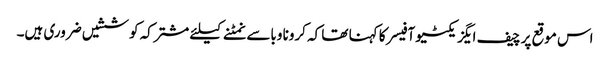
اس موقع پر چیف ایگزیکٹیو آفیسر کا کہنا تھا کہ کرونا وباسےنمٹنےکیلئے مشترکہ کوششیں ضروری ہیں۔